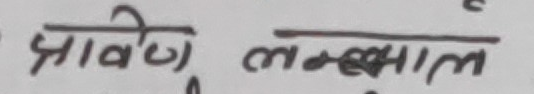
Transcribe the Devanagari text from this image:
झावेली लल्माल